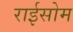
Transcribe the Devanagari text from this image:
राईसोम